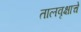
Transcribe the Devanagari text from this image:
तालवृक्षाचे